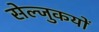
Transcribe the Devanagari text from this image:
सेल्जुकयों